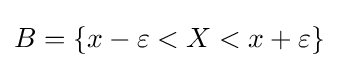
B=\{x-\varepsilon <X<x+\varepsilon \}